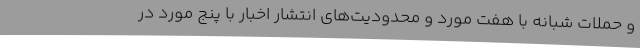
و حملات شبانه با هفت مورد و محدودیت‌های انتشار اخبار با پنج مورد در